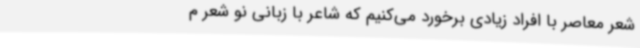
شعر معاصر با افراد زیادی برخورد می‌کنیم که شاعر با زبانی نو شعر م